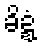
ခိဍ္ဍံ